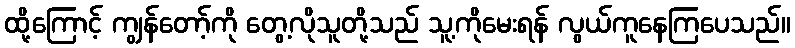
ထို့ကြောင့် ကျွန်တော့်ကို တွေ့လိုသူတို့သည် သူ့ကိုမေးရန် လွယ်ကူနေကြပေသည်။